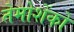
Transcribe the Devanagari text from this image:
तेमोशेंको